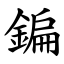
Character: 鍽